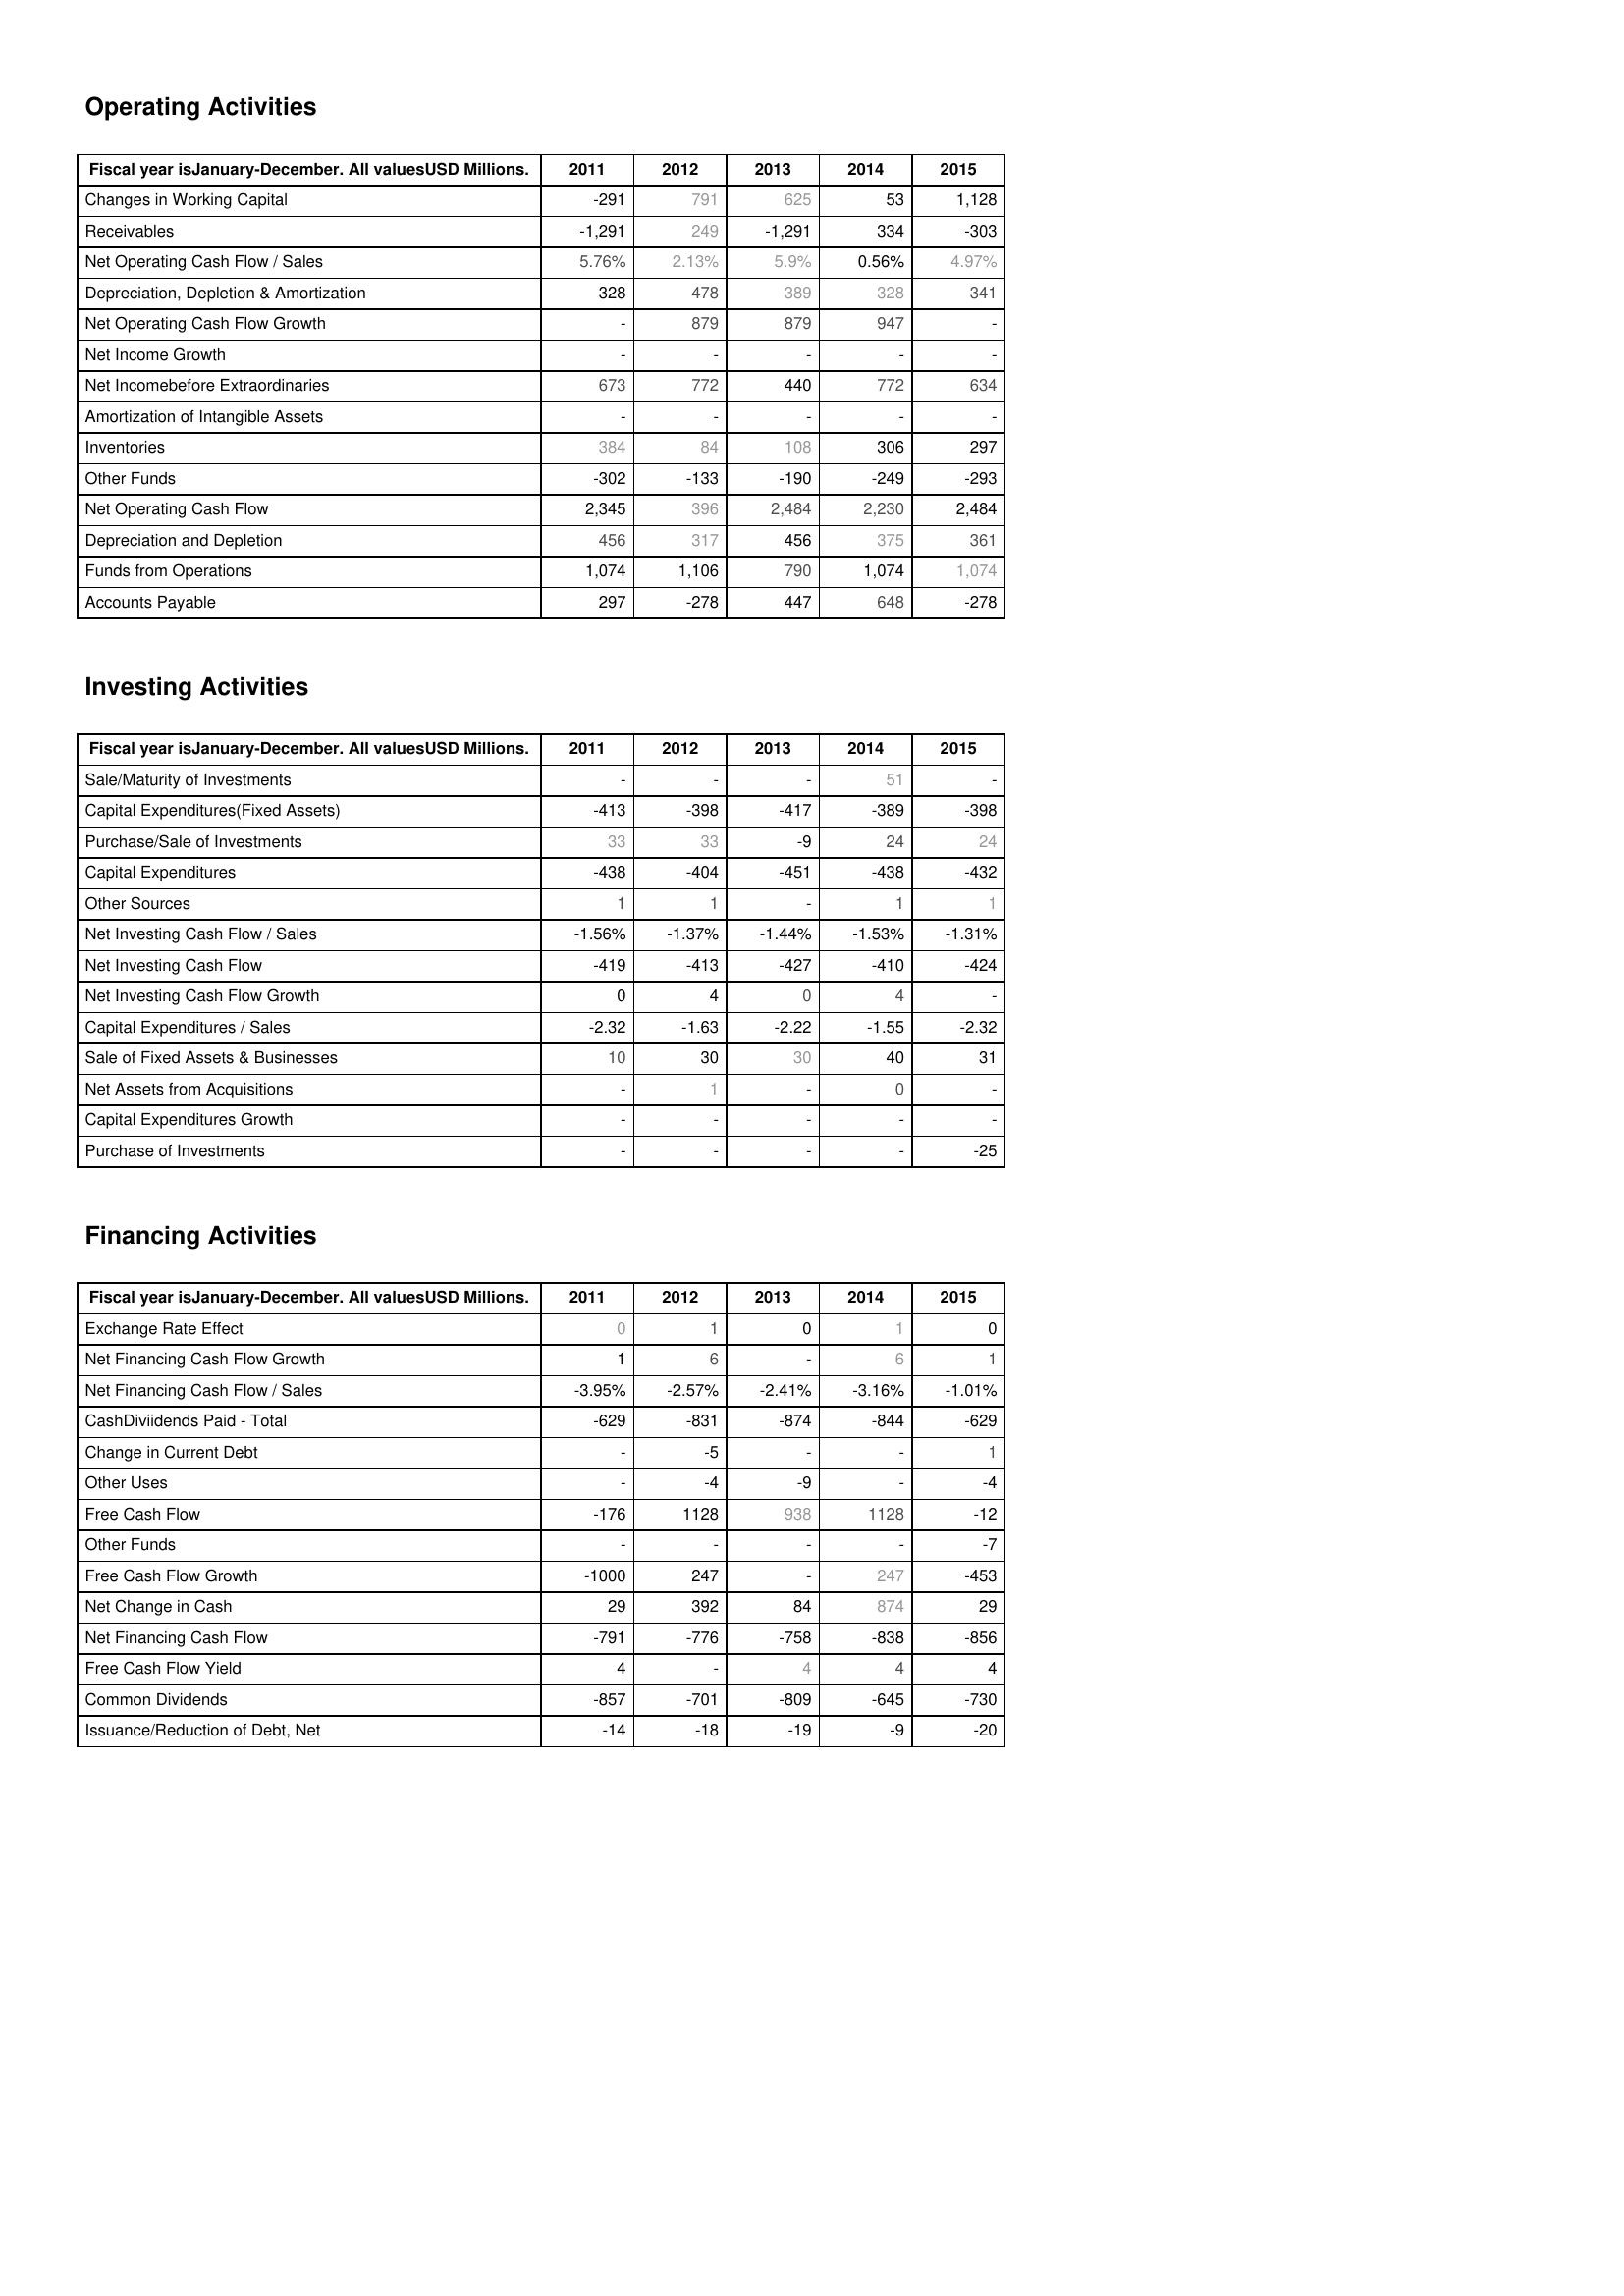
2011: Operating Activities: Changes in Working Capital: -291
Receivables: -1,291
Net Operating Cash Flow / Sales: 5.76%
Depreciation, Depletion & Amortization: 328
Net Operating Cash Flow Growth: -
Net Income Growth: -
Net Incomebefore Extraordinaries: 673
Amortization of Intangible Assets: -
Inventories: 384
Other Funds: -302
Net Operating Cash Flow: 2,345
Depreciation and Depletion: 456
Funds from Operations: 1,074
Accounts Payable: 297
Investing Activities: Sale/Maturity of Investments: -
Capital Expenditures(Fixed Assets): -413
Purchase/Sale of Investments: 33
Capital Expenditures: -438
Other Sources: 1
Net Investing Cash Flow / Sales: -1.56%
Net Investing Cash Flow: -419
Net Investing Cash Flow Growth: 0
Capital Expenditures / Sales: -2.32
Sale of Fixed Assets & Businesses: 10
Net Assets from Acquisitions: -
Capital Expenditures Growth: -
Purchase of Investments: -
Financing Activities: Exchange Rate Effect: 0
Net Financing Cash Flow Growth: 1
Net Financing Cash Flow / Sales: -3.95%
CashDiviidends Paid - Total: -629
Change in Current Debt: -
Other Uses: -
Free Cash Flow: -176
Other Funds: -
Free Cash Flow Growth: -1000
Net Change in Cash: 29
Net Financing Cash Flow: -791
Free Cash Flow Yield: 4
Common Dividends: -857
Issuance/Reduction of Debt, Net: -14
2012: Operating Activities: Changes in Working Capital: 791
Receivables: 249
Net Operating Cash Flow / Sales: 2.13%
Depreciation, Depletion & Amortization: 478
Net Operating Cash Flow Growth: 879
Net Income Growth: -
Net Incomebefore Extraordinaries: 772
Amortization of Intangible Assets: -
Inventories: 84
Other Funds: -133
Net Operating Cash Flow: 396
Depreciation and Depletion: 317
Funds from Operations: 1,106
Accounts Payable: -278
Investing Activities: Sale/Maturity of Investments: -
Capital Expenditures(Fixed Assets): -398
Purchase/Sale of Investments: 33
Capital Expenditures: -404
Other Sources: 1
Net Investing Cash Flow / Sales: -1.37%
Net Investing Cash Flow: -413
Net Investing Cash Flow Growth: 4
Capital Expenditures / Sales: -1.63
Sale of Fixed Assets & Businesses: 30
Net Assets from Acquisitions: 1
Capital Expenditures Growth: -
Purchase of Investments: -
Financing Activities: Exchange Rate Effect: 1
Net Financing Cash Flow Growth: 6
Net Financing Cash Flow / Sales: -2.57%
CashDiviidends Paid - Total: -831
Change in Current Debt: -5
Other Uses: -4
Free Cash Flow: 1128
Other Funds: -
Free Cash Flow Growth: 247
Net Change in Cash: 392
Net Financing Cash Flow: -776
Free Cash Flow Yield: -
Common Dividends: -701
Issuance/Reduction of Debt, Net: -18
2013: Operating Activities: Changes in Working Capital: 625
Receivables: -1,291
Net Operating Cash Flow / Sales: 5.9%
Depreciation, Depletion & Amortization: 389
Net Operating Cash Flow Growth: 879
Net Income Growth: -
Net Incomebefore Extraordinaries: 440
Amortization of Intangible Assets: -
Inventories: 108
Other Funds: -190
Net Operating Cash Flow: 2,484
Depreciation and Depletion: 456
Funds from Operations: 790
Accounts Payable: 447
Investing Activities: Sale/Maturity of Investments: -
Capital Expenditures(Fixed Assets): -417
Purchase/Sale of Investments: -9
Capital Expenditures: -451
Other Sources: -
Net Investing Cash Flow / Sales: -1.44%
Net Investing Cash Flow: -427
Net Investing Cash Flow Growth: 0
Capital Expenditures / Sales: -2.22
Sale of Fixed Assets & Businesses: 30
Net Assets from Acquisitions: -
Capital Expenditures Growth: -
Purchase of Investments: -
Financing Activities: Exchange Rate Effect: 0
Net Financing Cash Flow Growth: -
Net Financing Cash Flow / Sales: -2.41%
CashDiviidends Paid - Total: -874
Change in Current Debt: -
Other Uses: -9
Free Cash Flow: 938
Other Funds: -
Free Cash Flow Growth: -
Net Change in Cash: 84
Net Financing Cash Flow: -758
Free Cash Flow Yield: 4
Common Dividends: -809
Issuance/Reduction of Debt, Net: -19
2014: Operating Activities: Changes in Working Capital: 53
Receivables: 334
Net Operating Cash Flow / Sales: 0.56%
Depreciation, Depletion & Amortization: 328
Net Operating Cash Flow Growth: 947
Net Income Growth: -
Net Incomebefore Extraordinaries: 772
Amortization of Intangible Assets: -
Inventories: 306
Other Funds: -249
Net Operating Cash Flow: 2,230
Depreciation and Depletion: 375
Funds from Operations: 1,074
Accounts Payable: 648
Investing Activities: Sale/Maturity of Investments: 51
Capital Expenditures(Fixed Assets): -389
Purchase/Sale of Investments: 24
Capital Expenditures: -438
Other Sources: 1
Net Investing Cash Flow / Sales: -1.53%
Net Investing Cash Flow: -410
Net Investing Cash Flow Growth: 4
Capital Expenditures / Sales: -1.55
Sale of Fixed Assets & Businesses: 40
Net Assets from Acquisitions: 0
Capital Expenditures Growth: -
Purchase of Investments: -
Financing Activities: Exchange Rate Effect: 1
Net Financing Cash Flow Growth: 6
Net Financing Cash Flow / Sales: -3.16%
CashDiviidends Paid - Total: -844
Change in Current Debt: -
Other Uses: -
Free Cash Flow: 1128
Other Funds: -
Free Cash Flow Growth: 247
Net Change in Cash: 874
Net Financing Cash Flow: -838
Free Cash Flow Yield: 4
Common Dividends: -645
Issuance/Reduction of Debt, Net: -9
2015: Operating Activities: Changes in Working Capital: 1,128
Receivables: -303
Net Operating Cash Flow / Sales: 4.97%
Depreciation, Depletion & Amortization: 341
Net Operating Cash Flow Growth: -
Net Income Growth: -
Net Incomebefore Extraordinaries: 634
Amortization of Intangible Assets: -
Inventories: 297
Other Funds: -293
Net Operating Cash Flow: 2,484
Depreciation and Depletion: 361
Funds from Operations: 1,074
Accounts Payable: -278
Investing Activities: Sale/Maturity of Investments: -
Capital Expenditures(Fixed Assets): -398
Purchase/Sale of Investments: 24
Capital Expenditures: -432
Other Sources: 1
Net Investing Cash Flow / Sales: -1.31%
Net Investing Cash Flow: -424
Net Investing Cash Flow Growth: -
Capital Expenditures / Sales: -2.32
Sale of Fixed Assets & Businesses: 31
Net Assets from Acquisitions: -
Capital Expenditures Growth: -
Purchase of Investments: -25
Financing Activities: Exchange Rate Effect: 0
Net Financing Cash Flow Growth: 1
Net Financing Cash Flow / Sales: -1.01%
CashDiviidends Paid - Total: -629
Change in Current Debt: 1
Other Uses: -4
Free Cash Flow: -12
Other Funds: -7
Free Cash Flow Growth: -453
Net Change in Cash: 29
Net Financing Cash Flow: -856
Free Cash Flow Yield: 4
Common Dividends: -730
Issuance/Reduction of Debt, Net: -20